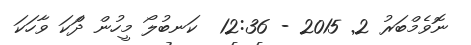
ނޮވެމްބަރު 2